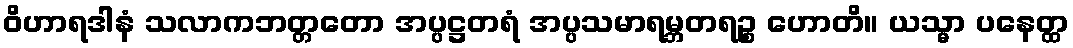
ဝိဟာရဒါနံ သလာကဘတ္တတော အပ္ပဋ္ဌတရံ အပ္ပသမာရမ္ဘတရဉ္စ ဟောတိ။ ယသ္မာ ပနေတ္ထ